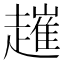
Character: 𧽠